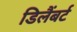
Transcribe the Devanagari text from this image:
डिलैंबर्ट